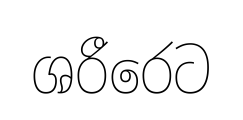
ශරීරෙට